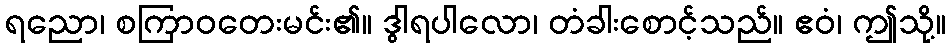
ရညော၊ စကြာဝတေးမင်း၏။ ဒွါရပါလော၊ တံခါးစောင့်သည်။ ဧဝံ၊ ဤသို့။